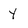
Character: Y